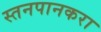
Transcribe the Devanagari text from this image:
स्तनपानकरा